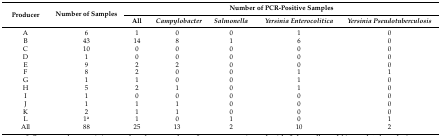
<table><thead><tr><td rowspan="2"><b>Producer</b></td><td rowspan="2"><b>Number of Samples</b></td><td colspan="5"><b>Number of PCR-Positive Samples</b></td></tr><tr><td><b>All</b></td><td><b><i>Campylobacter</i></b></td><td><b><i>Salmonella</i></b></td><td><b><i>Yersinia Enterocolitica</i></b></td><td><b><i>Yersinia Pseudotuberculosis</i></b></td></tr></thead><tbody><tr><td>A</td><td>6</td><td>1</td><td>0</td><td>0</td><td>1</td><td>0</td></tr><tr><td>B</td><td>43</td><td>14</td><td>8</td><td>1</td><td>6</td><td>0</td></tr><tr><td>C</td><td>10</td><td>0</td><td>0</td><td>0</td><td>0</td><td>0</td></tr><tr><td>D</td><td>1</td><td>0</td><td>0</td><td>0</td><td>0</td><td>0</td></tr><tr><td>E</td><td>9</td><td>2</td><td>2</td><td>0</td><td>0</td><td>0</td></tr><tr><td>F</td><td>8</td><td>2</td><td>0</td><td>0</td><td>1</td><td>1</td></tr><tr><td>G</td><td>1</td><td>1</td><td>0</td><td>0</td><td>1</td><td>0</td></tr><tr><td>H</td><td>5</td><td>2</td><td>1</td><td>0</td><td>1</td><td>0</td></tr><tr><td>I</td><td>1</td><td>0</td><td>0</td><td>0</td><td>0</td><td>0</td></tr><tr><td>J</td><td>1</td><td>1</td><td>1</td><td>0</td><td>0</td><td>0</td></tr><tr><td>K</td><td>2</td><td>1</td><td>1</td><td>0</td><td>0</td><td>0</td></tr><tr><td>L</td><td>1<sup>a</sup></td><td>1</td><td>0</td><td>1</td><td>0</td><td>1</td></tr><tr><td>All</td><td>88</td><td>25</td><td>13</td><td>2</td><td>10</td><td>2</td></tr></tbody></table>